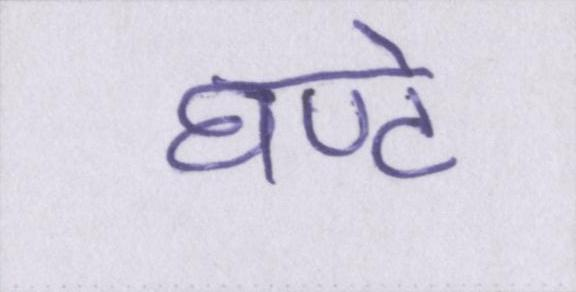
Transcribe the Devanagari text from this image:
घण्टे